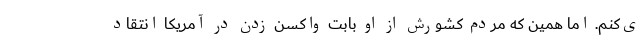
ی‌کنم. اما همین که مردم کشورش از او بابت واکسن زدن در آمریکا انتقاد